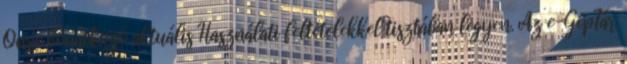
Önre vonatkozó aktuális Használati feltételekkel tisztában legyen. Az e-GépTár